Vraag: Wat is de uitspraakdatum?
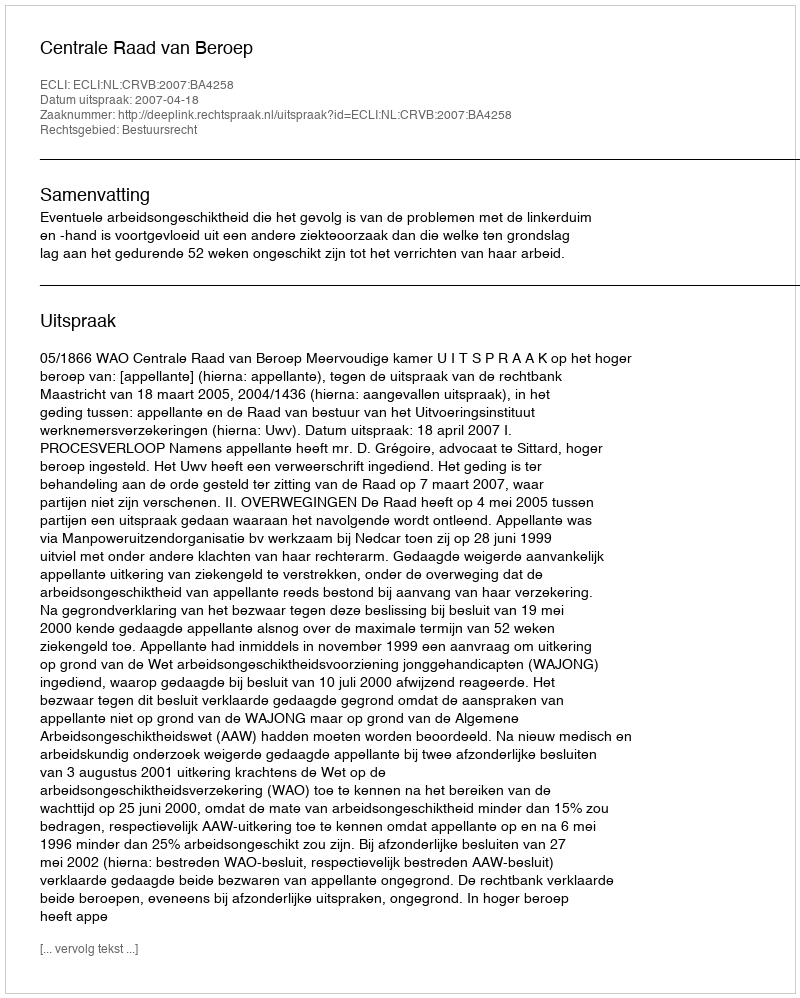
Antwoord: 2007-04-18